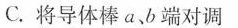
C.将导体棒a、b端对调